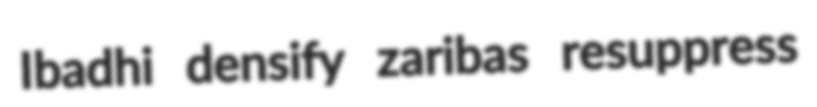
Ibadhi densify zaribas resuppress